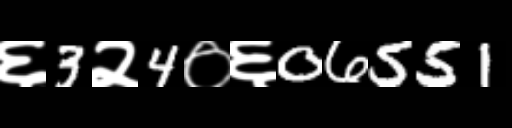
Text: ६3२4०६06551